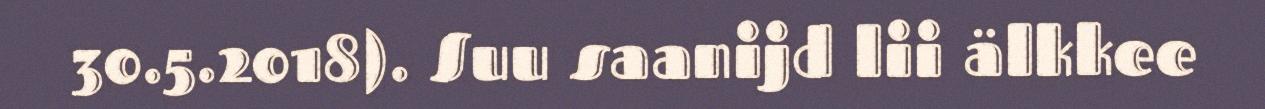
30.5.2018). Suu saanijd lii älkkee